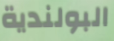
البولندية